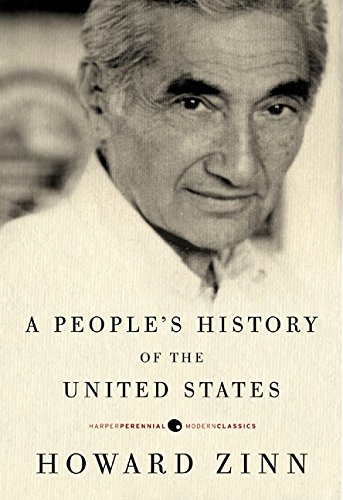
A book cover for A People's History of the United States (Modern Classics); Howard Zinn; Politics & Social Sciences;